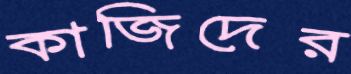
কাজিদের